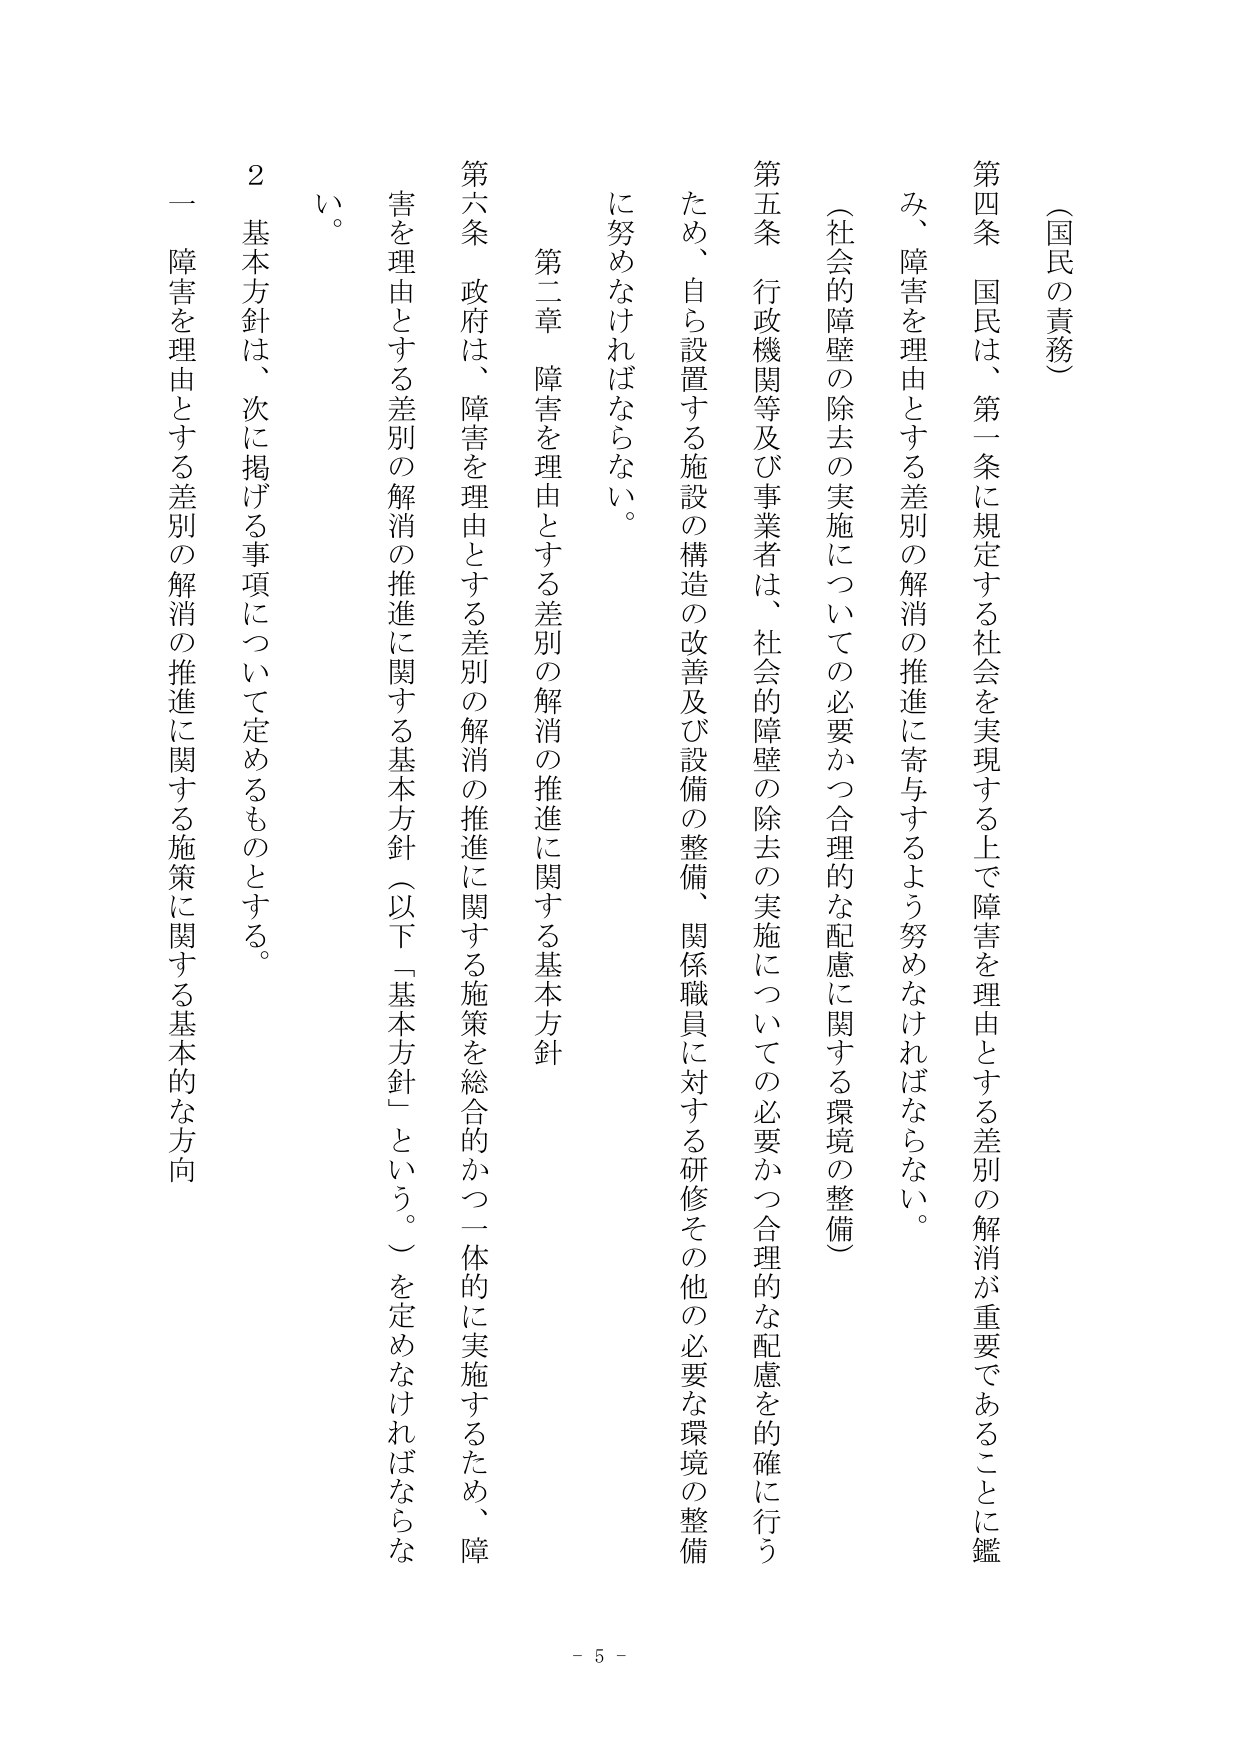
（国民の責務）

第四条　国民は、第一条に規定する社会を実現する上で障害を理由とする差別の解消が重要であることに鑑み、障害を理由とする差別の解消の推進に寄与するよう努めなければならない。

（社会的障壁の除去の実施についての必要かつ合理的な配慮に関する環境の整備）

第五条　行政機関等及び事業者は、社会的障壁の除去の実施についての必要かつ合理的な配慮を的確に行うため、自ら設置する施設の構造の改善及び設備の整備、関係職員に対する研修その他の必要な環境の整備に努めなければならない。

第二章　障害を理由とする差別の解消の推進に関する基本方針

第六条　政府は、障害を理由とする差別の解消の推進に関する施策を総合的かつ一体的に実施するため、障害を理由とする差別の解消の推進に関する基本方針（以下「基本方針」という。）を定めなければならない。

２　基本方針は、次に掲げる事項について定めるものとする。

一　障害を理由とする差別の解消の推進に関する施策に関する基本的な方向

- 5 -